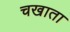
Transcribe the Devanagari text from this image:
चखाता